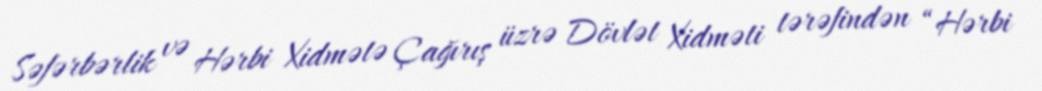
Səfərbərlik və Hərbi Xidmətə Çağırış üzrə Dövlət Xidməti tərəfindən “Hərbi